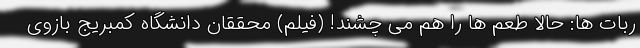
ربات ها: حالا طعم ها را هم می چشند! (فیلم) محققان دانشگاه کمبریج بازوی